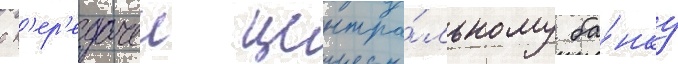
с п'ер'едачеи центра́льному ба́нку